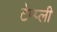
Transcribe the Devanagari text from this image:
टेम्प्ली